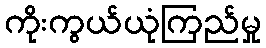
ကိုးကွယ်ယုံကြည်မှု